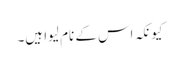
کیونکہ اس کے نام لیوا ہیں۔